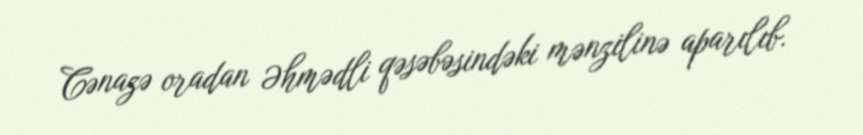
Cənazə oradan Əhmədli qəsəbəsindəki mənzilinə aparılıb.